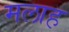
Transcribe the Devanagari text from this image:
मलाह